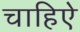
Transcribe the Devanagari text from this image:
चाहिऐ